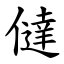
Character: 㒓